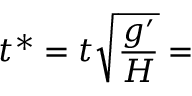
t ^ { * } = t \sqrt { \frac { g ^ { \prime } } { H } } =